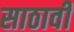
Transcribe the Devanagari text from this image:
साठावी